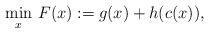
LaTeX: \begin{align*}\min_x\, F(x):=g(x)+h(c(x)),\end{align*}